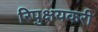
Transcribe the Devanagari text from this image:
रिपुक्षयकरी